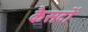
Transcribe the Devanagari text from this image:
कैसटों